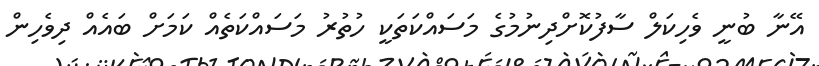
އޭނާ ބުނީ ވެހިކަލް ސާފުކޮށްދިނުމުގެ މަސައްކަތަކީ ހުތުރު މަސައްކަތެއް ކަމަށް ބައެއް ދިވެހިން